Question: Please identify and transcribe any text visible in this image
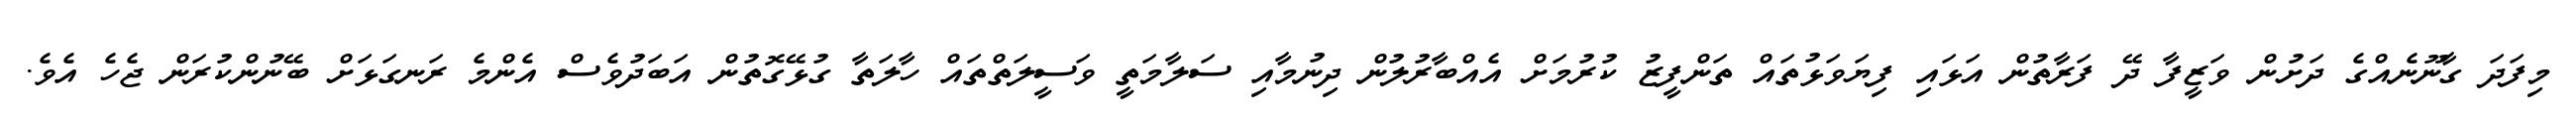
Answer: މިފަދަ ގާނޫނެއްގެ ދަށުން ވަޒީފާ ދޭ ފަރާތުން އަޅައި ފިޔަވަޅުތައް ތަންފީޒު ކުރުމަށް އެއްބާރުލުން ދިނުމާއި ސަލާމަތީ ވަސީލަތްތައް ހާލަތާ ގުޅޭގޮތުން އަބަދުވެސް އެންމެ ރަނގަޅަށް ބޭނުންކުރަން ޖެހެ އެވެ.